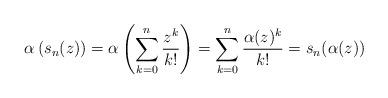
LaTeX: \begin{align*}\alpha\left( s_n(z) \right) = \alpha\left( \sum_{k=0}^n \frac{z^k}{k!} \right) = \sum_{k=0}^n \frac{\alpha(z)^k}{k!} = s_n(\alpha(z))\end{align*}